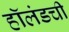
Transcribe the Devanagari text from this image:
हॉलंडची